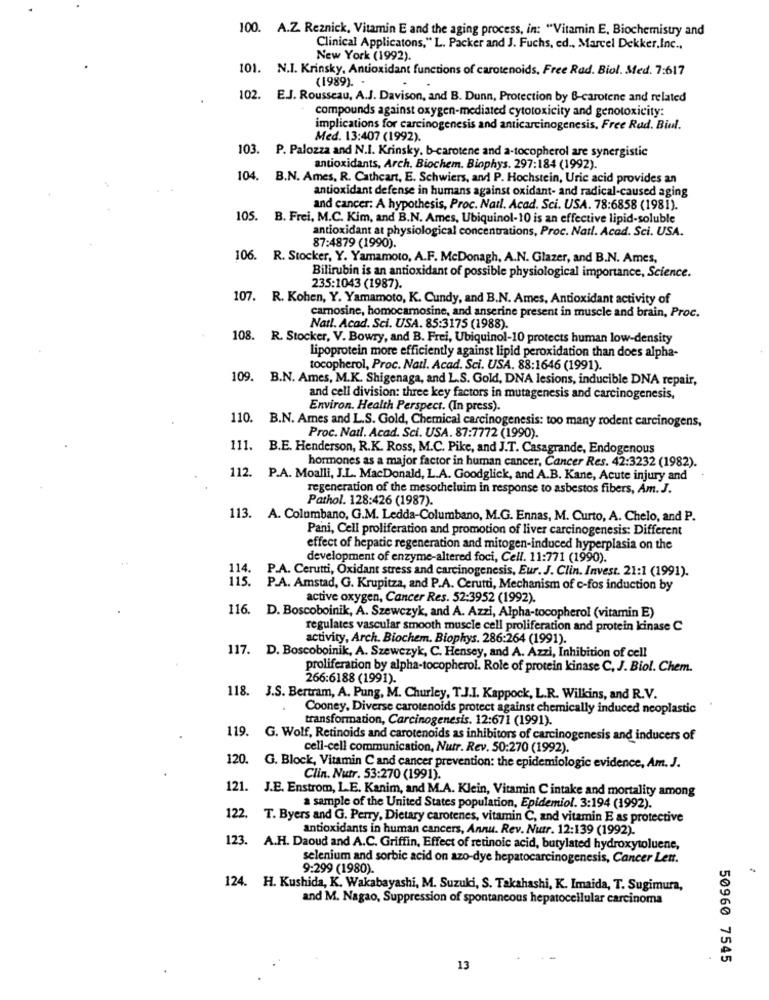
100. A.Z. Reznick, Vitamin E and the aging process, in: "Vitamin E, Biochemistry and
Clinical Applicatons," L. Packer and J. Fuchs, ed ., Marcel Dekker,Inc .,
New York (1992).
101. N.I. Krinsky, Antioxidant functions of carotenoids, Free Rad. Biol. Med. 7:617
(1989). -
102.
E.J. Rousseau, A.J. Davison, and B. Dunn, Protection by B-carotene and related
compounds against oxygen-mediated cytotoxicity and genotoxicity:
implications for carcinogenesis and anticarcinogenesis, Free Rad. Biul.
Med. 13:407 (1992).
103. P. Palozza and N.I. Krinsky. b-carotene and a-tocopherol are synergistic
antioxidants, Arch. Biochem. Biophys. 297:184 (1992)
104.
B.N. Ames, R. Cathcart, E. Schwiers, and P. Hochstein, Uric acid provides an
antioxidant defense in humans against oxidant- and radical-caused aging
and cancer: A hypothesis, Proc. Natl. Acad. Sci. USA. 78:6858 (1981).
105. B. Frei, M.C. Kim, and B.N. Ames, Ubiquinol-10 is an effective lipid-soluble
antioxidant at physiological concentrations, Proc. Natl. Acad. Sci. USA.
87:4879 (1990).
106. R. Stocker, Y. Yamamoto, A.F. McDonagh, A.N. Glazer, and B.N. Ames,
Bilirubin is an antioxidant of possible physiological importance, Science.
235:1043 (1987).
107. R. Kohen, Y. Yamamoto, K. Cundy, and B.N. Ames, Antioxidant activity of
carnosine, homocarosine, and anserine present in muscle and brain, Proc.
Natl. Acad. Sci. USA. 85:3175 (1988).
108. R. Stocker, V. Bowry, and B. Frei, Ubiquinol-10 protects human low-density
lipoprotein more efficiently against lipid peroxidation than does alpha-
tocopherol, Proc. Natl. Acad. Sci. USA. 88:1646 (1991).
109. B.N. Ames, M.K. Shigenaga, and L.S. Gold, DNA lesions, inducible DNA repair,
and cell division: three key factors in mutagenesis and carcinogenesis,
Environ. Health Perspect. (In press).
110. B.N. Ames and L.S. Gold, Chemical carcinogenesis: too many rodent carcinogens,
Proc. Natl. Acad. Sci. USA. 87:7772 (1990).
111.
B.E. Henderson, R.K. Ross, M.C. Pike, and J.T. Casagrande, Endogenous
hormones as a major factor in human cancer, Cancer Res. 42:3232 (1982).
112. P.A. Moalli, J.L. MacDonald, L.A. Goodglick, and A.B. Kane, Acute injury and
regeneration of the mesotheluim in response to asbestos fibers, Am. J.
Pathol. 128:426 (1987).
113. A. Columbano, G.M. Ledda-Columbano, M.G. Ennas, M. Curto, A. Chelo, and P.
Pani, Cell proliferation and promotion of liver carcinogenesis: Different
effect of hepatic regeneration and mitogen-induced hyperplasia on the
development of enzyme-altered foci, Cell. 11:771 (1990).
114
P.A. Cerutti, Oxidant stress and carcinogenesis, Eur. J. Clin. Invest. 21:1 (1991).
115.
P.A. Amstad, G. Krupitza, and P.A. Cerutti, Mechanism of c-fos induction by
active oxygen, Cancer Res. 52:3952 (1992).
116. D. Boscoboinik, A. Szewczyk, and A. Azzi, Alpha-tocopherol (vitamin E)
regulates vascular smooth muscle cell proliferation and protein kinase C
activity, Arch. Biochem. Biophys. 286:264 (1991).
117. D. Boscoboinik, A. Szewczyk, C. Hensey, and A. Azzi, Inhibition of cell
proliferation by alpha-tocopherol. Role of protein kinase C, J. Biol. Chem.
266:6188 (1991).
118. J.S. Bertram, A. Pung, M. Churley, T.J.I. Kappock, L.R. Wilkins, and R.V.
Cooney, Diverse carotenoids protect against chemically induced neoplastic
transformation, Carcinogenesis. 12:671 (1991).
119.
G. Wolf, Retinoids and carotenoids as inhibitors of carcinogenesis and inducers of
cell-cell communication, Nutr. Rev. 50:270 (1992).
120.
G. Block, Vitamin C and cancer prevention: the epidemiologic evidence, Am. J.
Clin. Nutr. 53:270 (1991).
121. J.E. Enstrom, L.E. Kanim, and M.A. Klein, Vitamin C intake and mortality among
a sample of the United States population, Epidemiol. 3:194 (1992).
122. T. Byers and G. Perry, Dietary carotenes, vitamin C, and vitamin E as protective
antioxidants in human cancers, Annu. Rev. Nutr. 12:139 (1992).
123. A.H. Daoud and A.C. Griffin, Effect of retinoic acid, butylated hydroxytoluene,
selenium and sorbic acid on azo-dye hepatocarcinogenesis, Cancer Lett.
9:299 (1980).
124. H. Kushida, K. Wakabayashi, M. Suzuki, S. Takahashi, K. Imaida, T. Sugimura,
and M. Nagao, Suppression of spontaneous hepatocellular carcinoma
50960 7545
13